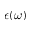
\epsilon ( \omega )